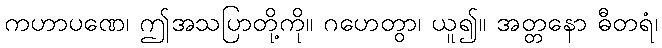
ကဟာပဏေ၊ ဤအသပြာတို့ကို။ ဂဟေတွာ၊ ယူ၍။ အတ္တနော ဓီတရံ၊